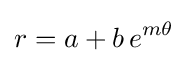
r=a+b\,e^{m\theta }